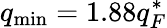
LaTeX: q_{\mathrm{min}}=1.88q_{F}^{*}